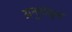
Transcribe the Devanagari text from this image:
अनुपांकुश